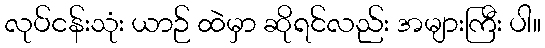
လုပ်ငန်းသုံး ယာဉ် ထဲမှာ ဆိုရင်လည်း အများကြီး ပါ။